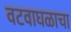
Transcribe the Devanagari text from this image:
वटवाघळाचा